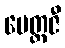
မေတ္တဇီ